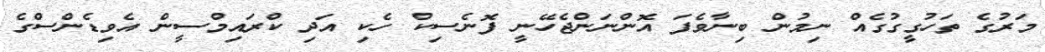
މަރުގެ ތަހުގީގުގެއް ނިމުން ބިނާވެފަ އޮންނަންޖެހޭނީ ފޮނެސިކް ހެކި އަދި ކްރައިމްސީން އެވިޑެންސްގެ